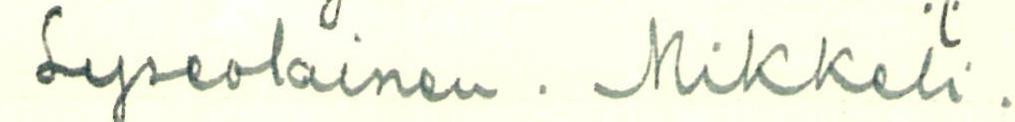
Lyseolainen. Mikkeli.